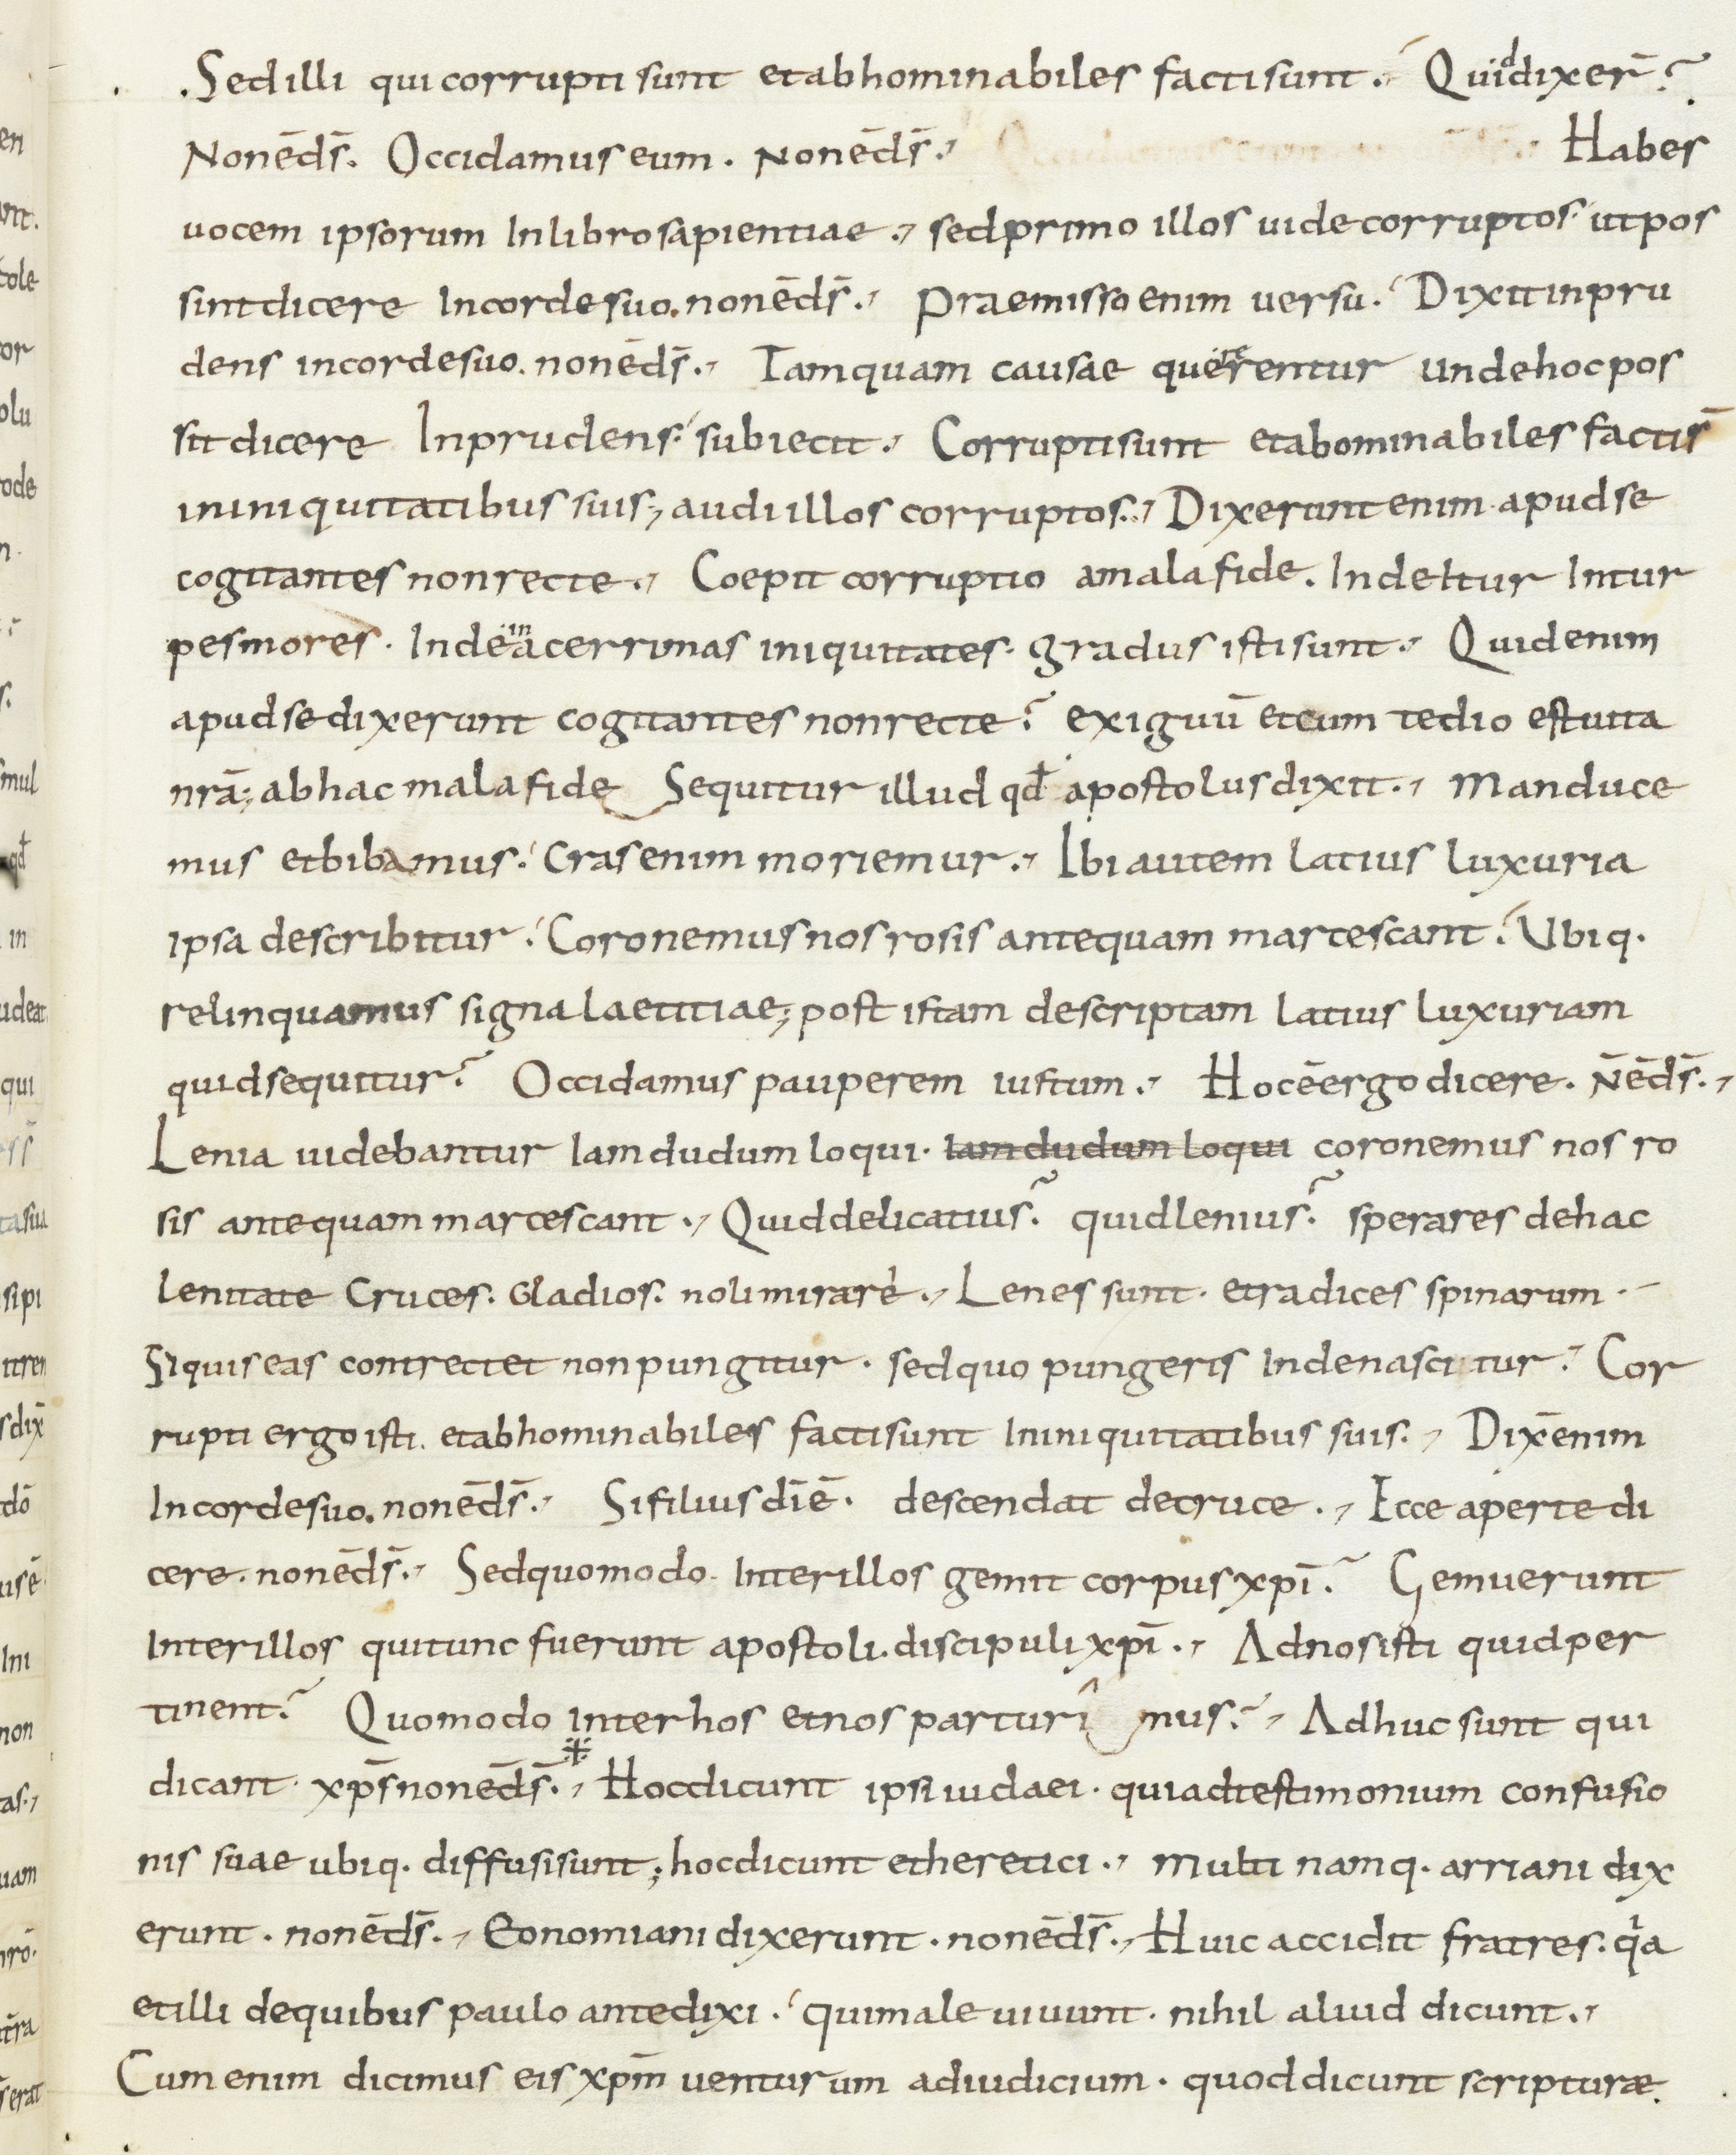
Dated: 800–899